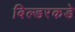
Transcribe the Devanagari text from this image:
बिल्डरकडे